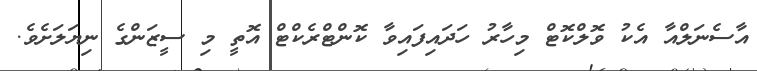
އާސެނަލްއާ އެކު ވޮލްކޮޓް މިހާރު ހަދައިފައިވާ ކޮންޓްރެކްޓް އޮތީ މި ސީޒަންގެ ނިޔަލަށެވެ.